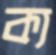
ক্য